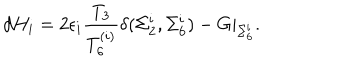
d H _ { i } = 2 \epsilon _ { i } { \frac { T _ { 3 } } { T _ { 6 } ^ { ( i ) } } } \delta ( \Sigma _ { 2 } ^ { i } , \Sigma _ { 6 } ^ { i } ) - G \vert _ { \Sigma _ { 6 } ^ { i } } .